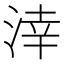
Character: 涬